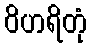
ဝိဟရိတုံ